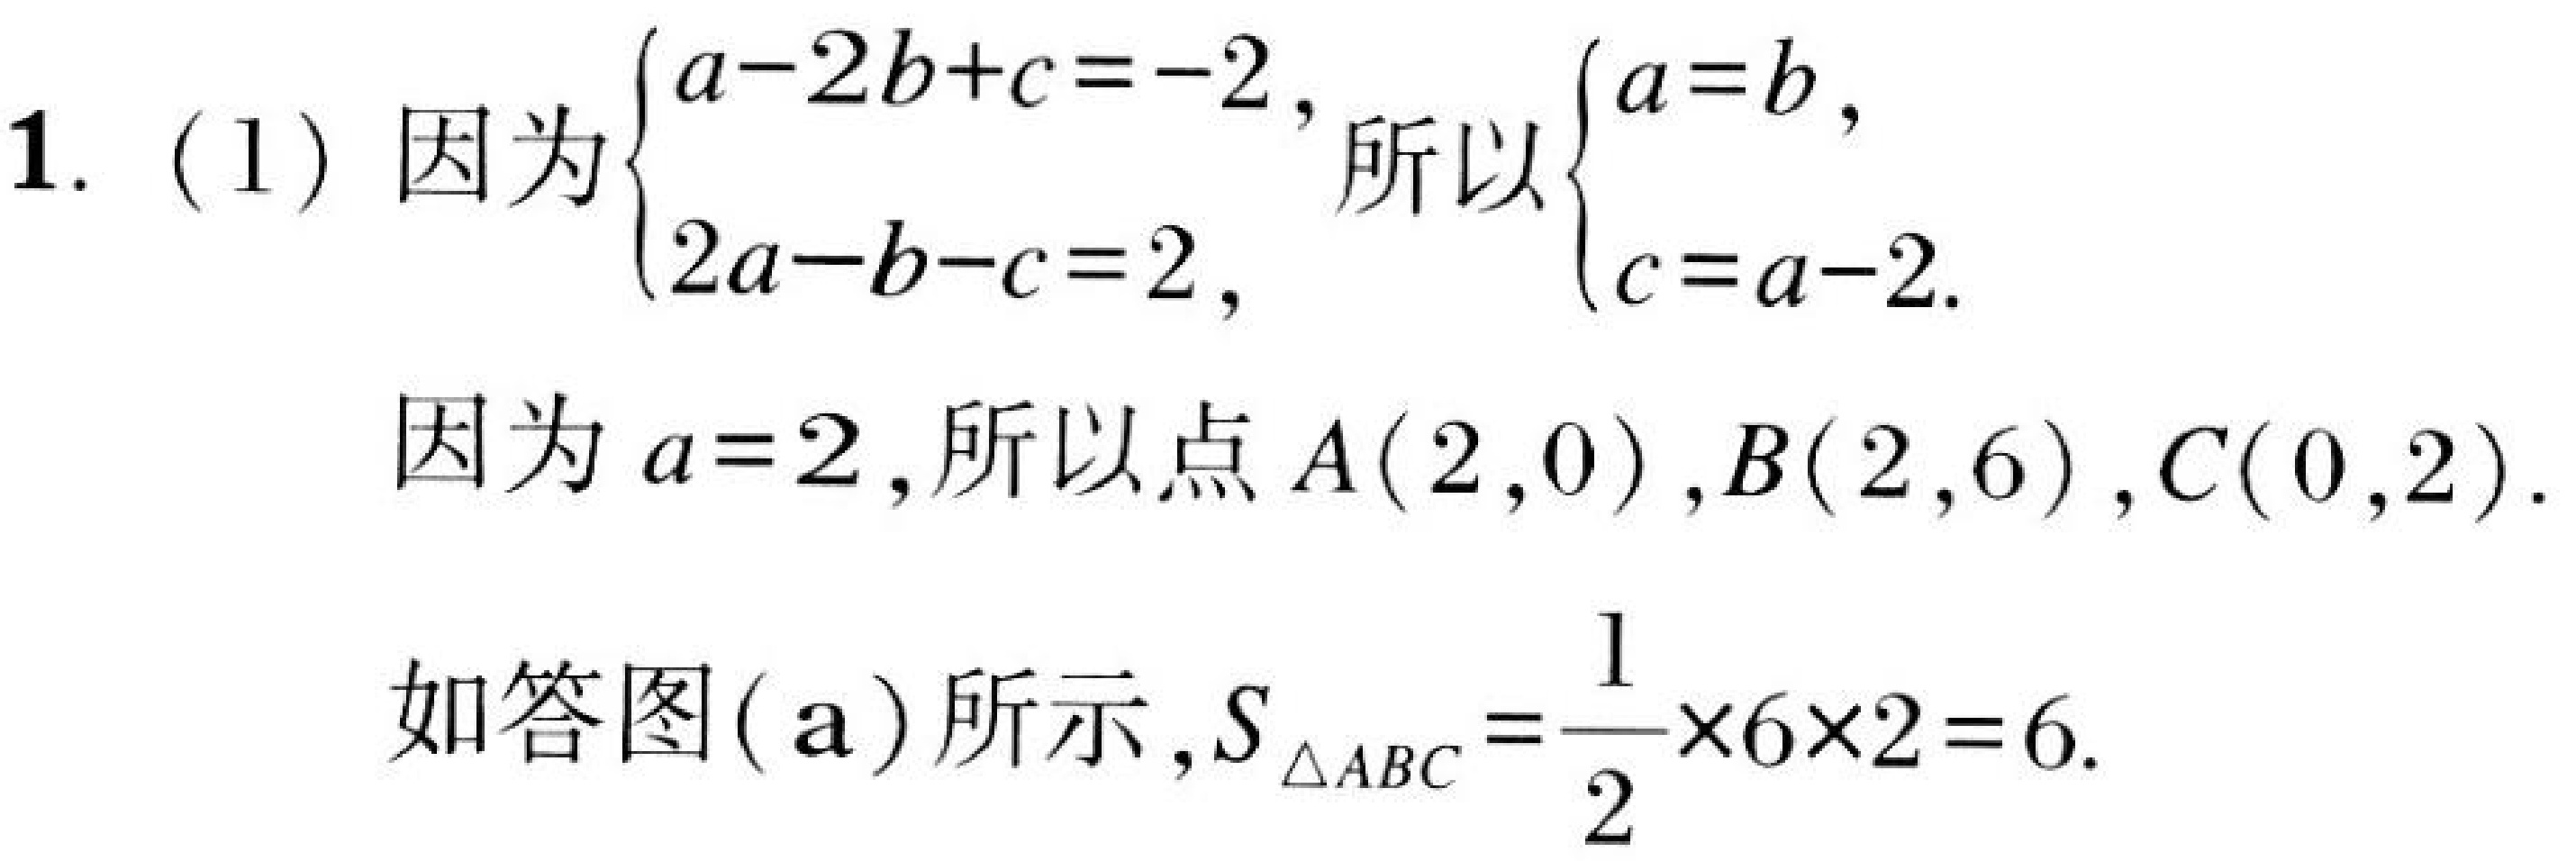
1. (1) 因为\(\begin{cases}a - 2b + c = -2,\\2a - b - c = 2,\end{cases}\)所以\(\begin{cases}a = b,\\c = a - 2.\end{cases}\)
因为\(a = 2\),所以点\(A(2,0)\),\(B(2,6)\),\(C(0,2)\).
如答图(\(a\))所示,\(S_{\triangle ABC}=\frac{1}{2}\times6\times2 = 6\).